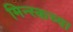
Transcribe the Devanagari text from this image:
मिन्स्कच्या